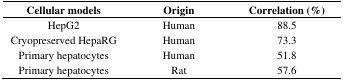
| Cellular models | Origin | Correlation (%) |
 | --- | --- | --- |
 | HepG2 | Human | 88.5 |
 | Cryopreserved HepaRG | Human | 73.3 |
 | Primary hepatocytes | Human | 51.8 |
 | Primary hepatocytes | Rat | 57.6 |